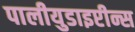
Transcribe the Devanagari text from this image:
पालीयुडाइप्टीन्स